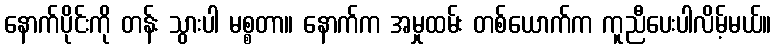
နောက်ပိုင်းကို တန်း သွားပါ မစ္စတာ။ နောက်က အမှုထမ်း တစ်ယောက်က ကူညီပေးပါလိမ့်မယ်။